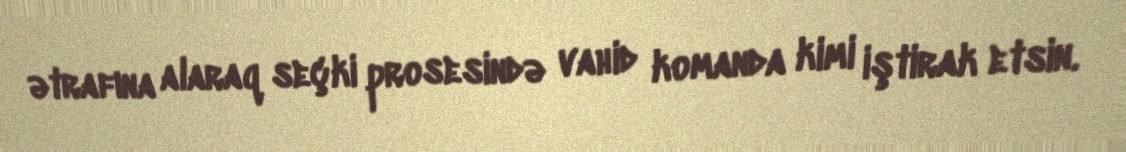
ətrafına alaraq seçki prosesində vahid komanda kimi iştirak etsin.